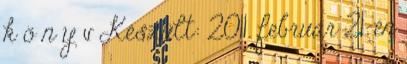
k ö n y v Készült: 2011. február 21-én